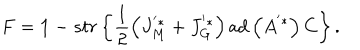
F = { { \bf 1 } } - s t r \left\{ \frac { 1 } { 2 } \left( J _ { M } ^ { ' * } + J _ { G } ^ { ' * } \right) \mathrm { a d } \left( A ^ { ' * } \right) C \right\} .